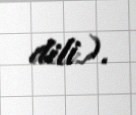
dili).